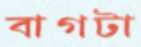
বাগটা